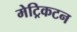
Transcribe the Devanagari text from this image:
मेट्रिकटन